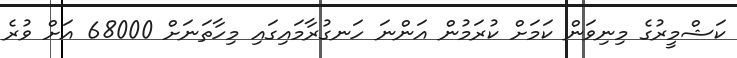
ކަޝްމީރުގެ މިނިވަން ކަމަށް ކުރަމުން އަންނަ ހަނގުރާމައިގައި މިހާތަނަށް 68000 އަށް ވުރެ